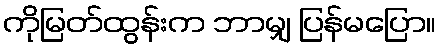
ကိုမြတ်ထွန်းက ဘာမျှ ပြန်မပြော။